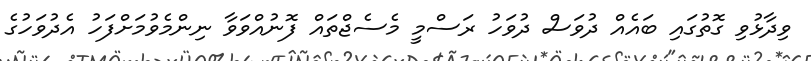
ވިދާޅުވި ގޮތުގައި ބައެއް ދުވަސް ދުވަހު ރަސްމީ މެސެޖްތައް ފޮނުއްވަވާ ނިންމެވުމަށްފަހު އެދުވަހުގެ